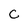
Character: C